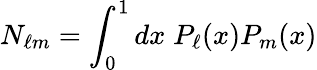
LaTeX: N_{\ell m}=\int_{0}^{1}dx\; P_{\ell}(x)P_{m}(x)